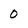
Character: 0